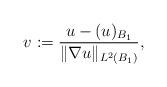
LaTeX: \begin{align*}v := \dfrac{u - (u)_{B_1}}{\|\nabla u\|_{L^2(B_1)}},\end{align*}